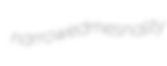
narrowed mesnality